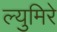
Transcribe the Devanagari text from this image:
ल्युमिरे